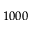
1 0 0 0